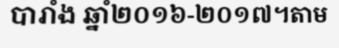
បារាំង ឆ្នាំ២០១៦-២០១៧។តាម